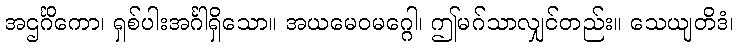
အဌင်္ဂိကော၊ ရှစ်ပါးအင်္ဂါရှိသော။ အယမေဝမဂ္ဂေါ၊ ဤမဂ်သာလျှင်တည်း။ သေယျတိဒံ၊